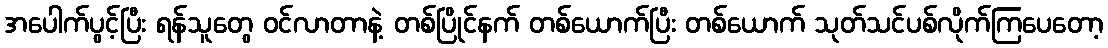
အပေါက်ပွင့်ပြီး ရန်သူတွေ ဝင်လာတာနဲ့ တစ်ပြိုင်နက် တစ်ယောက်ပြီး တစ်ယောက် သုတ်သင်ပစ်လိုက်ကြပေတော့